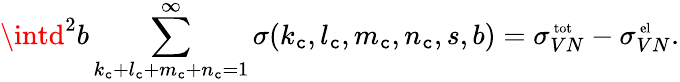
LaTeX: \intd^{2}b\sum_{k_{\mathtt{c}}+l_{\mathtt{c}}+m_{\mathtt{c}}+n_{\mathtt{c}}=1}^{\infty}\sigma(k_{\mathtt{c}},l_{\mathtt{c}},m_{\mathtt{c}},n_{\mathtt{c}},s,b)=\sigma_{VN}^{\mathrm{{\scriptsize~tot}}}-\sigma_{VN}^{\mathrm{{\scriptsize~el}}}.